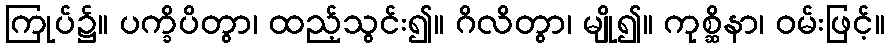
ကြုပ်၌။ ပက္ခိပိတွာ၊ ထည့်သွင်း၍။ ဂိလိတွာ၊ မျို၍။ ကုစ္ဆိနာ၊ ဝမ်းဖြင့်။